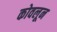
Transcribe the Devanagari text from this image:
कोवलून